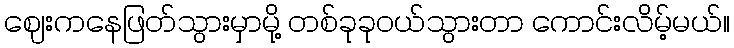
ဈေးကနေဖြတ်သွားမှာမို့ တစ်ခုခုဝယ်သွားတာ ကောင်းလိမ့်မယ်။